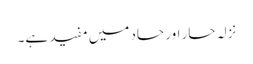
نزلہ حار اور حاد میں مفید ہے۔